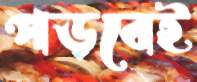
পড়বেই